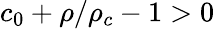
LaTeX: c_{0}+\rho/\rho_{c}-1>0